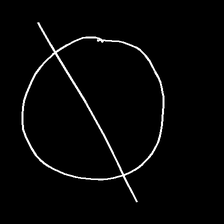
Glyph: orb